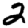
Digit: 2